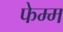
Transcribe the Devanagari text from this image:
फेम्म